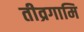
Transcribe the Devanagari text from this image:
तीव्रगामि